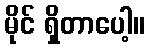
မိုင် ရှိတာပေါ့။